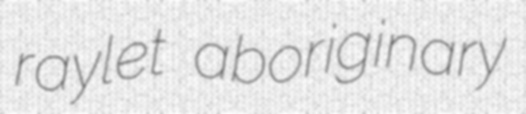
raylet aboriginary